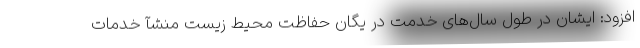
افزود: ایشان در طول سال‌های خدمت در یگان حفاظت محیط زیست منشآ خدمات